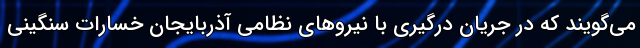
می‌گویند که در جریان درگیری با نیروهای نظامی آذربایجان خسارات سنگینی